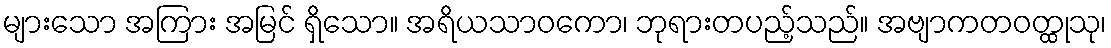
များသော အကြား အမြင် ရှိသော။ အရိယသာဝကော၊ ဘုရားတပည့်သည်။ အဗျာကတဝတ္ထုသု၊